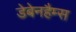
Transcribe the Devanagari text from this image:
डेबेनहैम्स